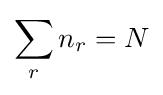
\sum _{r}n_{r}=N